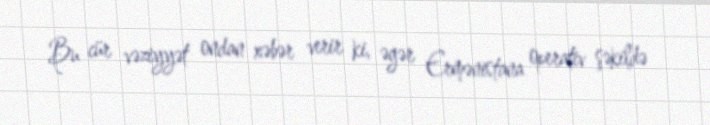
Bu cür vəziyyət ondan xəbər verir ki, əgər Ermənistana operativ şəkildə